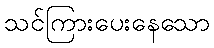
သင်ကြားပေးနေသော